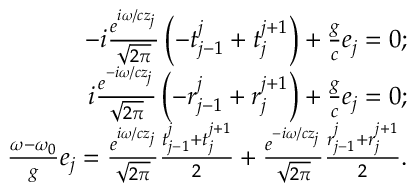
\begin{array} { r l r } & { } & { - i \frac { { { e ^ { i { \omega / c } { z _ { j } } } } } } { { \sqrt { 2 \pi } } } \left( { - { t _ { j - 1 } ^ { j } } + { t _ { j } ^ { j + 1 } } } \right) + \frac { g } { c } { e _ { j } } = 0 ; } \\ & { } & { i \frac { { { e ^ { - i { \omega / c } { z _ { j } } } } } } { { \sqrt { 2 \pi } } } \left( { - { r _ { j - 1 } ^ { j } } + { r _ { j } ^ { j + 1 } } } \right) + \frac { g } { c } { e _ { j } } = 0 ; } \\ & { } & { \frac { { \omega } - { \omega _ { 0 } } } { g } { e _ { j } } = { \frac { { { e ^ { i { \omega / c } { z _ { j } } } } } } { { \sqrt { 2 \pi } } } \frac { { { t _ { j - 1 } ^ { j } } + t _ { j } ^ { j + 1 } } } { 2 } + \frac { { { e ^ { - i { \omega / c } { z _ { j } } } } } } { { \sqrt { 2 \pi } } } \frac { { { r _ { j - 1 } ^ { j } } + r _ { j } ^ { j + 1 } } } { 2 } } . } \end{array}